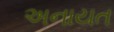
અનાયત